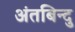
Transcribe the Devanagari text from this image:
अंतबिन्दु